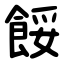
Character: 餒